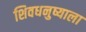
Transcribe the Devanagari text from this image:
शिवधनुष्याला